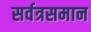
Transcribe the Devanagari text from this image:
सर्वत्रसमान